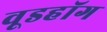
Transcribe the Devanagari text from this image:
वूडहॉग